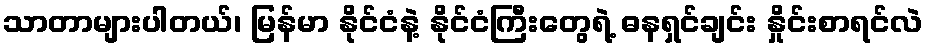
သာတာများပါတယ်၊ မြန်မာ နိုင်ငံနဲ့ နိုင်ငံကြီးတွေရဲ့ ဓနရှင်ချင်း နှိုင်းစာရင်လဲ